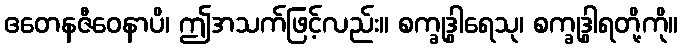
ဧတေနဇီဝေနာပိ၊ ဤအသက်ဖြင့်လည်း။ စက္ခုဒွါရေသု၊ စက္ခုဒွါရတို့ကို။